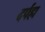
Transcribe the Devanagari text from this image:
दर्पहा